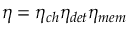
\eta = \eta _ { c h } \eta _ { d e t } \eta _ { m e m }